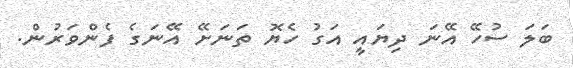
ބަަލަ ސުހޭ އޭނަ ދިޔައީ އަގު ހެޔޮ ތަނަށޭ އޭނަގެ ފެންވަރުން.